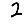
Digit: 2